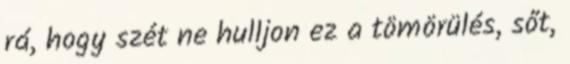
rá, hogy szét ne hulljon ez a tömörülés, sőt,